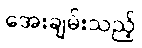
အေးချမ်းသည့်